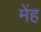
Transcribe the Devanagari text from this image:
मेंह